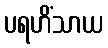
ပရဟိံသာယ